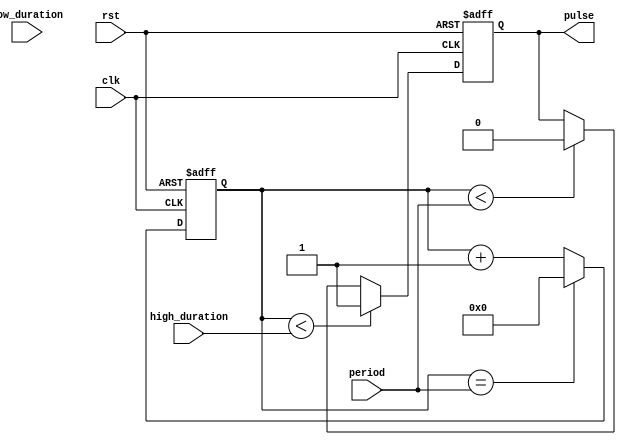
module duty_cycle_pulse_generator (
    input wire clk,
    input wire rst,
    input wire [7:0] high_duration,
    input wire [7:0] low_duration,
    input wire [15:0] period,
    output reg pulse
);

reg [15:0] counter;

always @ (posedge clk or posedge rst) begin
    if (rst) begin
        counter <= 16'b0;
        pulse <= 1'b0;
    end else begin
        if (counter < high_duration) begin
            pulse <= 1'b1;
        end else if (counter < period) begin
            pulse <= 1'b0;
        end
        
        counter <= counter + 1;
        if (counter == period) begin
            counter <= 16'b0;
        end
    end
end

endmodule